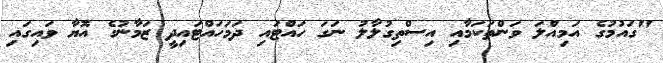
"ގައުމުގެ އަމިއްލަ ވަންތަކަމާއި އިސްތިގުލާލު ނަގަ ހައްޓައި ދަމަހައްޓައިދީ ޒަމާނުގެ އޮޔާ ވައިގައި